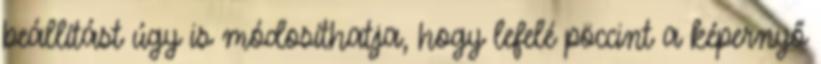
beállítást úgy is módosíthatja, hogy lefelé pöccint a képernyő